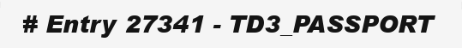
# Entry 27341 - TD3_PASSPORT